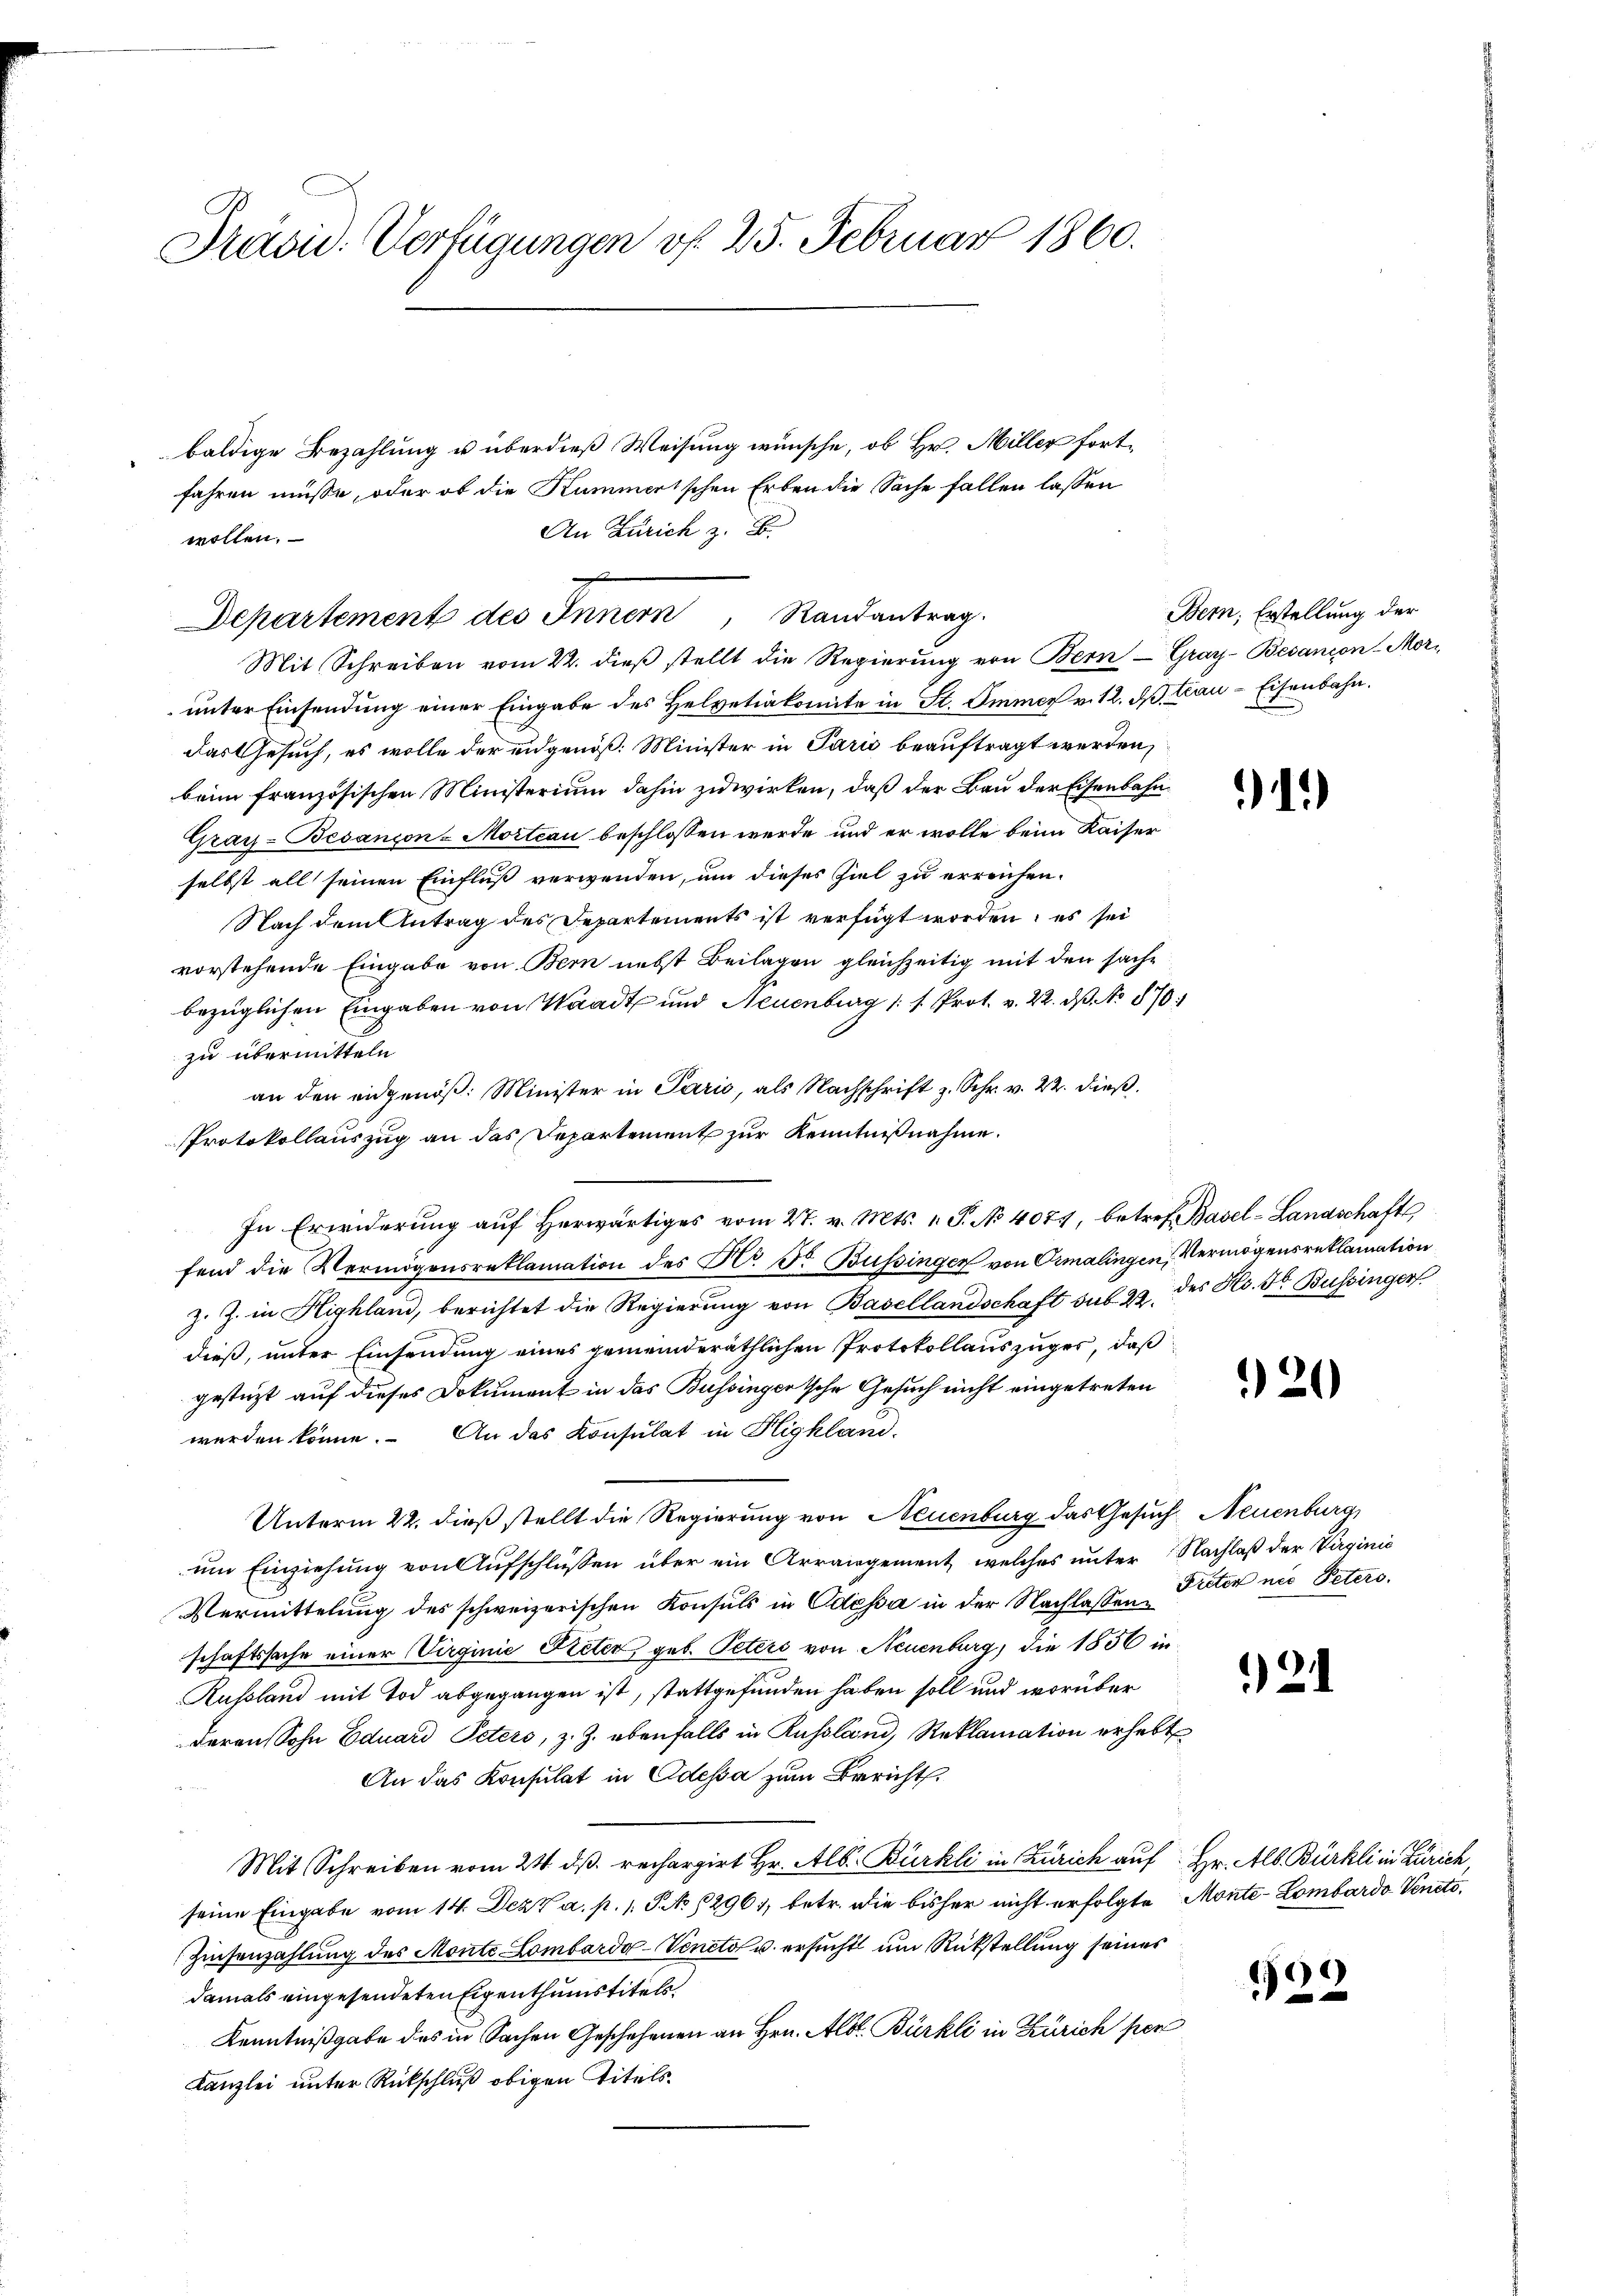
Präsid. Verfügungen vf. 25. Februar 1860.

baldige Bezahlung u überdieß Weisung wünsche, ob Hr. Miller fortfahren müsse, oder ob die Kummertschen Erben die Sache fallen lassen
An Zürich z. B.
wollen.

Departement des Innern Randantrag.
Mit Schreiben vom 22. dieß stellt die Regierung von Bern - Graz-Besançon - Mor¬

unter Einsendung einer Eingabe des Helvetiakomite in St. Immer v. 12. d. Lau-Eisenbahn.
das Gesuch, es wolle der eidgenöß: Minister in Paris beauftragt werden,
beim französischen Ministerium dahin zuwirken, daß der Bau der Eisenbahn¬
Gray-Besançon-Morteau beschlossen werde und er wolle beim Kaiser
selbst all seinen Einfluß verwenden, um dieses Ziel zu erreichen.
Nach dem Antrag des Departements ist verfügt worden; es sei
vorstehende Eingabe von Bern nebst Beilagen gleichzeitig mit den sachbezüglichen Eingaben von Waadt und Neuenburg 1. /. Prot. v. 22. dβ No 870.
zu übermitteln.
an den eidgenöß: Minister in Paris, als Nachschrift z. Schr. v. 22. dieß.
PProtokollauszug an das Departement zur Kenntnißnahme.
In Erwiderung aŭf herwärtiges vom 4. v. Mts. 1. P. No 4077, betref Basel-Landschafts
fend die Vermögensreklamation des Hr. Dr Büssinger von Ormalingen, Vermögensreklamation
z. Z. in Highland, berichtet die Regierung von Basellandschaft sub. 22. des Hs. Fr. Bussinger
dieß, unter Einsendung eines gemeinderäthlichen Protokollauszuges, daß
gestüzt auf dieses Dokument in das Büssingerische Gesuch nicht eingetreten
werden könne. An das Konsulat in Highland-
Unterm 22. dieß stellt die Regierung von Neuenburg das Gesuch, Neuenburg,
um Einziehung von Aufschlüssen über ein Arrangement, welches unter Nachlaß der Virginie
Vermittelung des schweizerischen Konsuls in Odessa in der Nachlassenschaftssache einer Virginie Nieter, geb. Peters von Neuenburg, die 1856 in
Russland mit Tod abgegangen ist, stattgefunden haben soll und worüber
deren Sohn Eduard Peters, z. Z. ebenfalls in Russland, Reklamation erhebt
An das Konsulat in Eidessa zum Bericht.
Mit Schreiben vom 24. ds. rechargirt Hr. Als Bürkli in Zürich auf Hr. Alb. Bürkli in Zürich,
seine Eingabe vom 14. Dez. a. p. 1. No 1296), betr. die bisher nicht erfolgte Monte-Lombardo Veneto,
Zinsenzahlung des Monte Lombardo-Venet u. ersucht um Rückstellung seines
damals eingesendeten Eigenthumstitels
Kenntnißgabe des in Sachen Geschehenen an Hrn. Alb. Bürkli in Zürich per
Kanzlei unter Rückschluß obigen Titels.

Bern, Erstellung der

11)

20

Fisten nie Peters.

*) 2

800